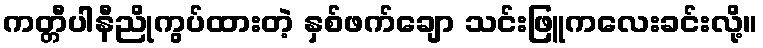
ကတ္တီပါနီညိုကွပ်ထားတဲ့ နှစ်ဖက်ချော သင်းဖြူကလေးခင်းလို့။